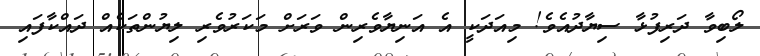
ލޯބިވާ ދަރިފުޅާ ސިޔާދުއެވެ! މިއަދަކީ އެ އަނިޔާވެރިން ވަރަށް މަކަރުވެރި ލިޔުންތަކެއް ދައްކާފައި